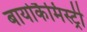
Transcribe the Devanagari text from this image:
बायोकैमिस्ट्री